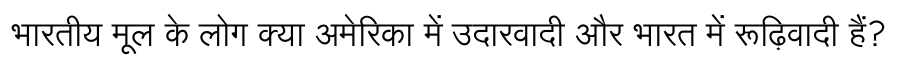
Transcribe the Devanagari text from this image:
भारतीय मूल के लोग क्या अमेरिका में उदारवादी और भारत में रूढ़िवादी हैं?